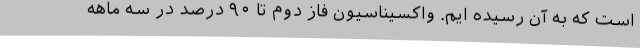
است که به آن رسیده ایم. واکسیناسیون فاز دوم تا ۹۰ درصد در سه ماهه